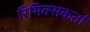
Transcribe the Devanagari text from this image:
रिमिक्सकर्ता